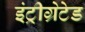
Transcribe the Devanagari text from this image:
इंट्रीग्रेटेड